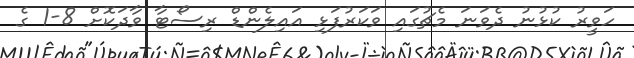
ހަވީރު ކުޅުނު ދެވަނަ މެޗުގައި ވަކަރުފަޅި އައިލެންޑް ރިސޯޓާ ވާދަކޮށް 8-1 ގެ